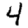
Digit: 4